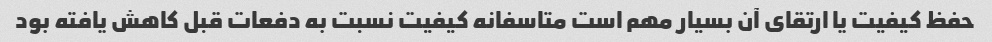
حفظ کیفیت یا ارتقای آن بسیار مهم است ‌متاسفانه کیفیت نسبت به دفعات قبل کاهش یافته بود